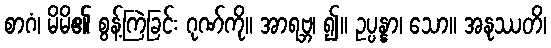
စာဂံ၊ မိမိ၏ စွန့်ကြဲခြင်း ဂုဏ်ကို။ အာရဗ္ဘ၊ ၍။ ဥပ္ပန္နာ၊ သော။ အနုဿတိ၊